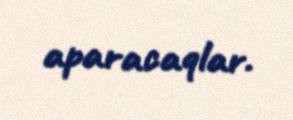
aparacaqlar.